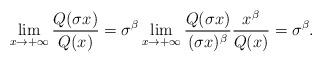
LaTeX: \begin{align*}\lim_{x \to +\infty}\frac{Q(\sigma x)}{Q(x)} = \sigma^\beta \lim_{x \to +\infty} \frac{Q(\sigma x) }{(\sigma x)^\beta} \frac{x^\beta}{Q(x)} = \sigma^\beta.\end{align*}